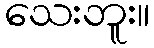
သေးဘူး။